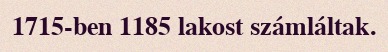
1715-ben 1185 lakost számláltak.